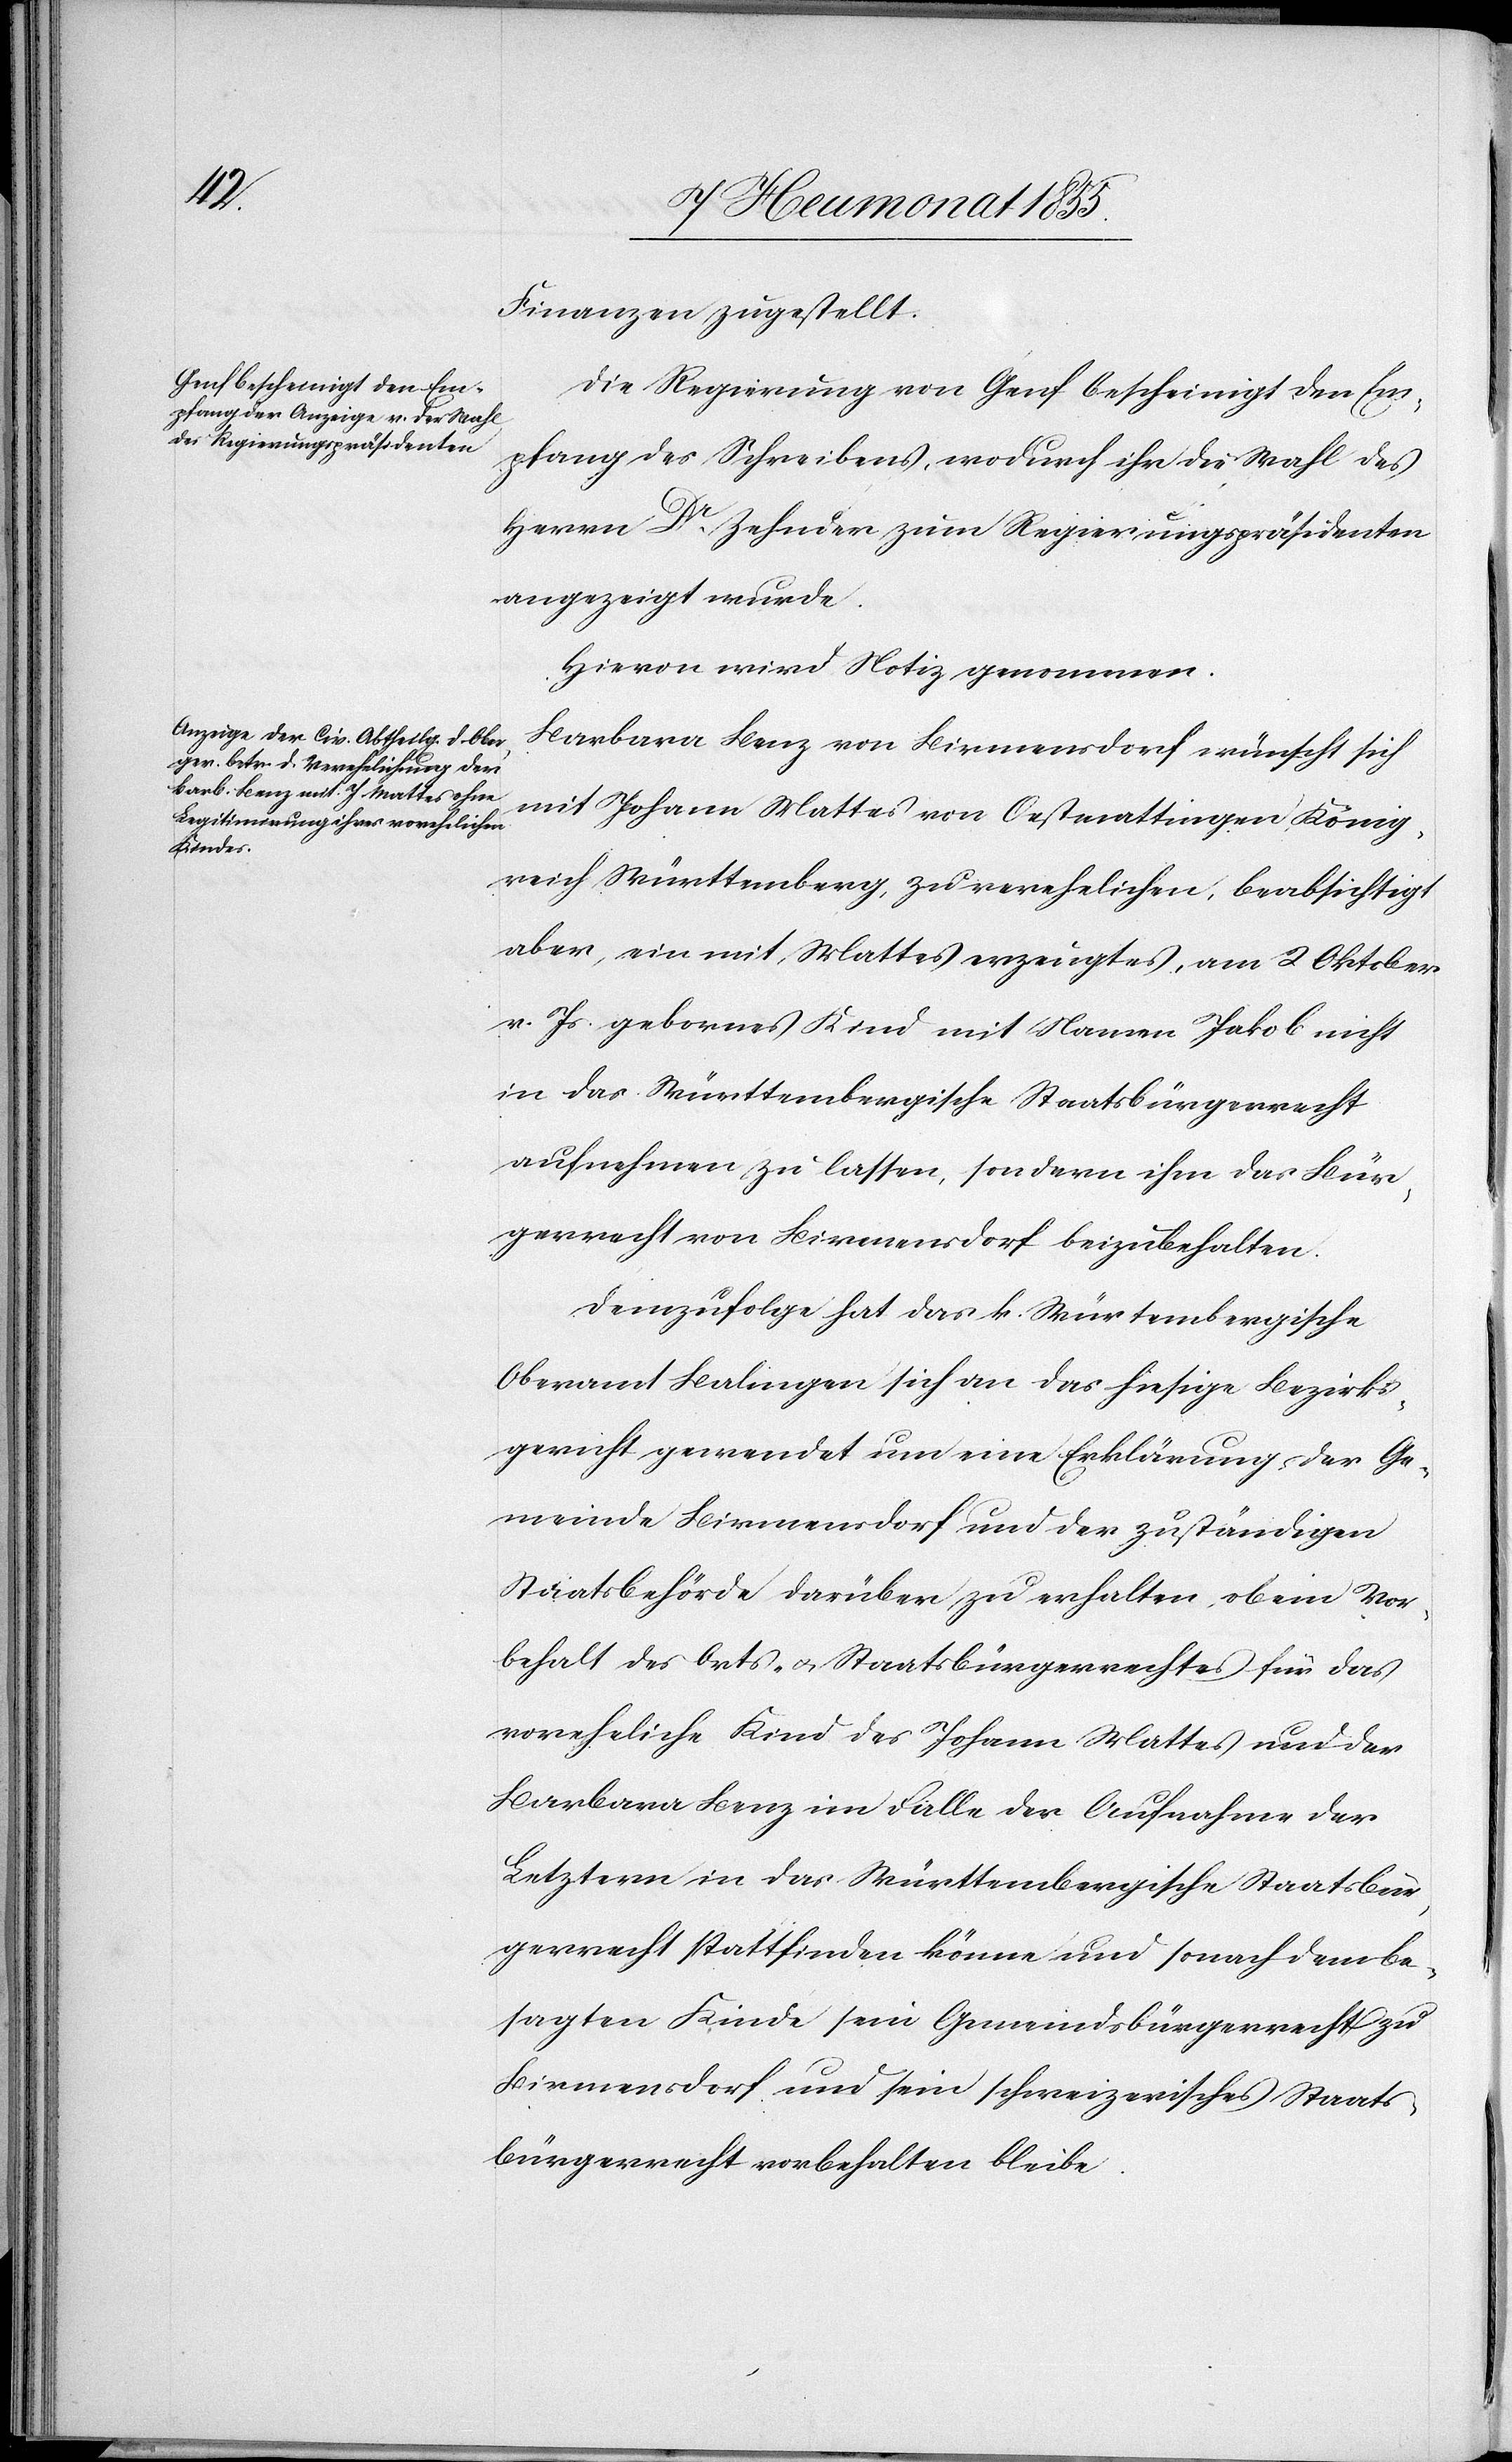
Finanzen zugestellt.
Die Regierung von Genf bescheinigt den Em¬
pfang des Schreibens, wodurch ihr die Wahl des
Herrn Dr. Zehnder zum Regierungspräsidenten
angezeigt wurde.
Hievon wird Notiz genommen.
Barbara Benz von Birmensdorf wünscht sich
mit Johann Mattes von Oestmattingen, König¬
reich Württemberg, zu verehelichen, beabsichtigt
aber, ein mit Mattes erzeugtes, am 2 Oktober
v. Js. gebornes Kind mit Namen Jakob nicht
in das Württembergische Staatsbürgerrecht
aufnehmen zu lassen, sondern ihm das Bür¬
gerrecht von Birmensdorf beizubehalten.
Demzufolge hat das k. Würt[t]embergische
Oberamt Balingen sich an das hiesige Bezirks¬
gericht gewendet um eine Erklärung der Ge¬
meinde Birmensdorf und der zuständigen
Staatsbehörde darüber zu erhalten, ob ein Vor¬
behalt des Orts- & Staatsbürgerrechtes für das
voreheliche Kind des Johann Mattes und der
Barbara Benz im Falle der Aufnahme der
Letztern in das Württembergische Staatsbür¬
gerrecht stattfinden könne und sonach dem be¬
sagten Kinde sein Gemeindsbürgerrecht zu
Birmensdorf und sein schweizerisches Staats¬
bürgerrecht vorbehalten bleibe.